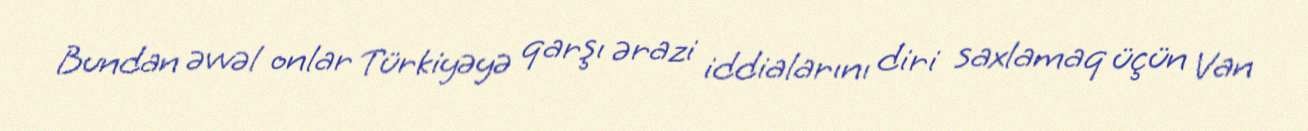
Bundan əvvəl onlar Türkiyəyə qarşı ərazi iddialarını diri saxlamaq üçün Van